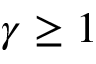
\gamma \geq 1